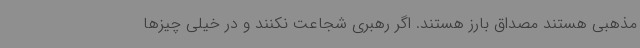
مذهبی هستند مصداق بارز هستند. اگر رهبری شجاعت نکنند و در خیلی چیزها